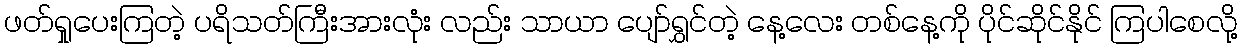
ဖတ်ရှုပေးကြတဲ့ ပရိသတ်ကြီးအားလုံး လည်း သာယာ ပျော်ရွှင်တဲ့ နေ့လေး တစ်နေ့ကို ပိုင်ဆိုင်နိုင် ကြပါစေလို့